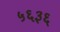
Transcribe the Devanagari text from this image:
५६३६